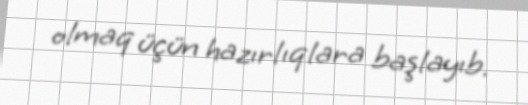
olmaq üçün hazırlıqlara başlayıb.